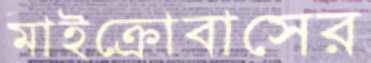
মাইক্রোবাসের